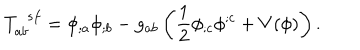
LaTeX: T _ { a b } ^ { \ \ s f } = \phi _ { ; a } \phi _ { ; b } - g _ { a b } \left( \frac { 1 } { 2 } \phi _ { ; c } \phi ^ { ; c } + V ( \phi ) \right) .